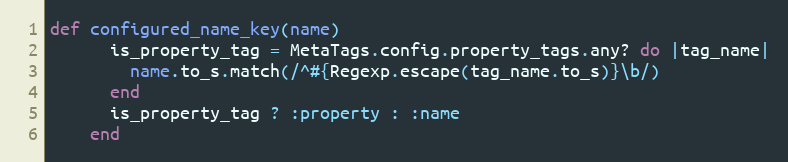
Language: Ruby
def configured_name_key(name)
      is_property_tag = MetaTags.config.property_tags.any? do |tag_name|
        name.to_s.match(/^#{Regexp.escape(tag_name.to_s)}\b/)
      end
      is_property_tag ? :property : :name
    end